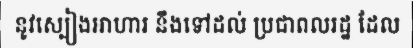
នូវស្បៀងអាហារ នឹងទៅដល់ ប្រជាពលរដ្ឋ ដែល